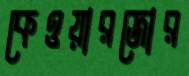
কেওয়ারজোর